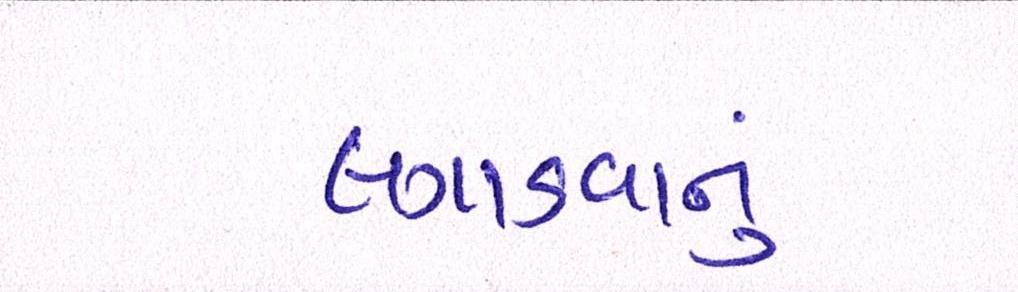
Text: લગાડવાનું